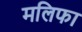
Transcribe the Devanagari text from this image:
मलिफा